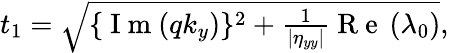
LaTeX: \begin{array}{r}{t_{1}=\sqrt{\{ \mathrm{~I~m~}(qk_{y})\} ^{2}+\frac{1}{\left|\eta_{yy}\right|}\mathrm{~R~e~}\left(\lambda_{0}\right)},}\end{array}